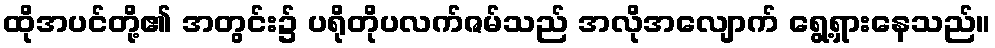
ထိုအပင်တို့၏ အတွင်း၌ ပရိုတိုပလက်ဇမ်သည် အလိုအလျောက် ရွေ့ရှားနေသည်။